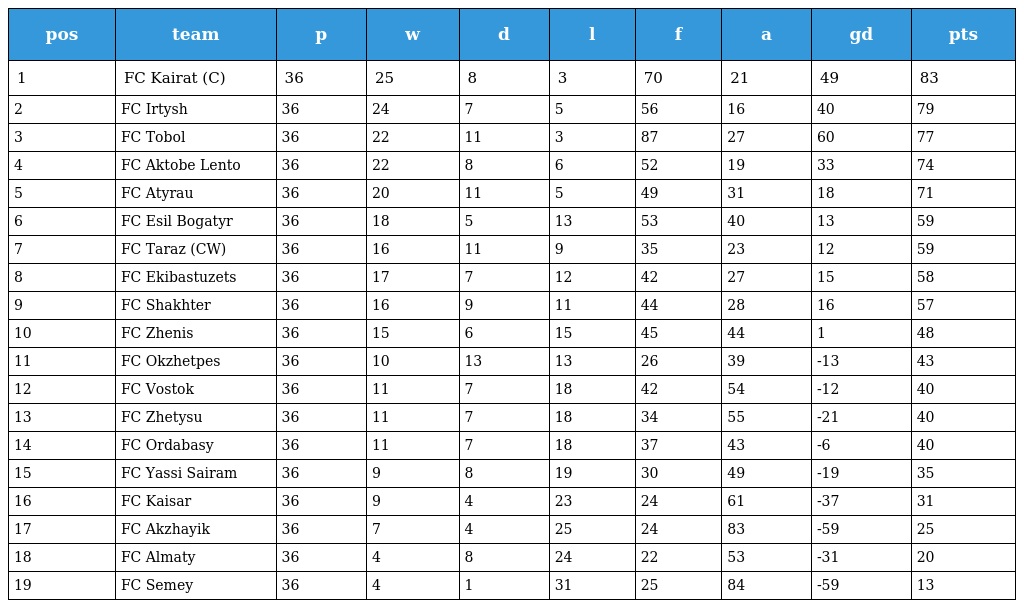
| pos | team | p | w | d | l | f | a | gd | pts |
 | --- | --- | --- | --- | --- | --- | --- | --- | --- | --- |
 | 1 | FC Kairat (C) | 36 | 25 | 8 | 3 | 70 | 21 | 49 | 83 |
 | 2 | FC Irtysh | 36 | 24 | 7 | 5 | 56 | 16 | 40 | 79 |
 | 3 | FC Tobol | 36 | 22 | 11 | 3 | 87 | 27 | 60 | 77 |
 | 4 | FC Aktobe Lento | 36 | 22 | 8 | 6 | 52 | 19 | 33 | 74 |
 | 5 | FC Atyrau | 36 | 20 | 11 | 5 | 49 | 31 | 18 | 71 |
 | 6 | FC Esil Bogatyr | 36 | 18 | 5 | 13 | 53 | 40 | 13 | 59 |
 | 7 | FC Taraz (CW) | 36 | 16 | 11 | 9 | 35 | 23 | 12 | 59 |
 | 8 | FC Ekibastuzets | 36 | 17 | 7 | 12 | 42 | 27 | 15 | 58 |
 | 9 | FC Shakhter | 36 | 16 | 9 | 11 | 44 | 28 | 16 | 57 |
 | 10 | FC Zhenis | 36 | 15 | 6 | 15 | 45 | 44 | 1 | 48 |
 | 11 | FC Okzhetpes | 36 | 10 | 13 | 13 | 26 | 39 | -13 | 43 |
 | 12 | FC Vostok | 36 | 11 | 7 | 18 | 42 | 54 | -12 | 40 |
 | 13 | FC Zhetysu | 36 | 11 | 7 | 18 | 34 | 55 | -21 | 40 |
 | 14 | FC Ordabasy | 36 | 11 | 7 | 18 | 37 | 43 | -6 | 40 |
 | 15 | FC Yassi Sairam | 36 | 9 | 8 | 19 | 30 | 49 | -19 | 35 |
 | 16 | FC Kaisar | 36 | 9 | 4 | 23 | 24 | 61 | -37 | 31 |
 | 17 | FC Akzhayik | 36 | 7 | 4 | 25 | 24 | 83 | -59 | 25 |
 | 18 | FC Almaty | 36 | 4 | 8 | 24 | 22 | 53 | -31 | 20 |
 | 19 | FC Semey | 36 | 4 | 1 | 31 | 25 | 84 | -59 | 13 |